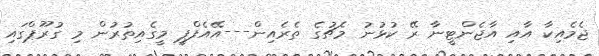
ޖެމެއިކާ އާއި އާޖެންޓީނާ ރޭ ކުޅުނު މެޗުގެ ތެރެއިން---އޭއެފްޕީ މީގެއިތުރުން މި ގުރޫޕްގައި